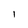
Character: l